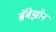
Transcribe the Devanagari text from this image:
ब्रॅबेझॉन